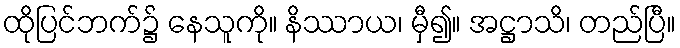
ထိုပြင်ဘက်၌ နေသူကို။ နိဿာယ၊ မှီ၍။ အဋ္ဌာသိ၊ တည်ပြီ။